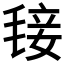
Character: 𣮍